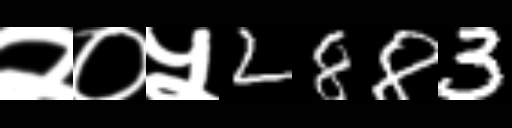
Text: २०५2883